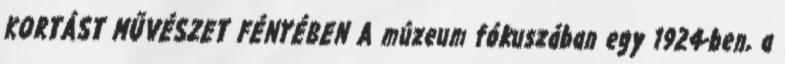
KORTÁST MŰVÉSZET FÉNYÉBEN A múzeum fókuszában egy 1924-ben, a